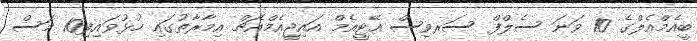
ބީއެމްއެލްގެ 10 ވަނަ ސެލްފް ސަރވިސް އޭޓީއެމް އައިޖީއެމްއެޗް އިމާރާތުގައި ހުޅުވައިފި10 މަސް